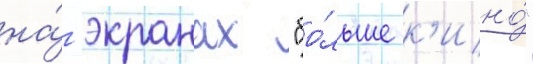
на́ -экранах "бо́льше к'ино́"